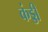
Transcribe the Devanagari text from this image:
कंड्डी